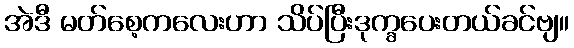
အဲဒီ မတ်စေ့ကလေးဟာ သိပ်ပြီးဒုက္ခပေးတယ်ခင်ဗျ။